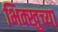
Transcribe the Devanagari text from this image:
भिक्खुच्या